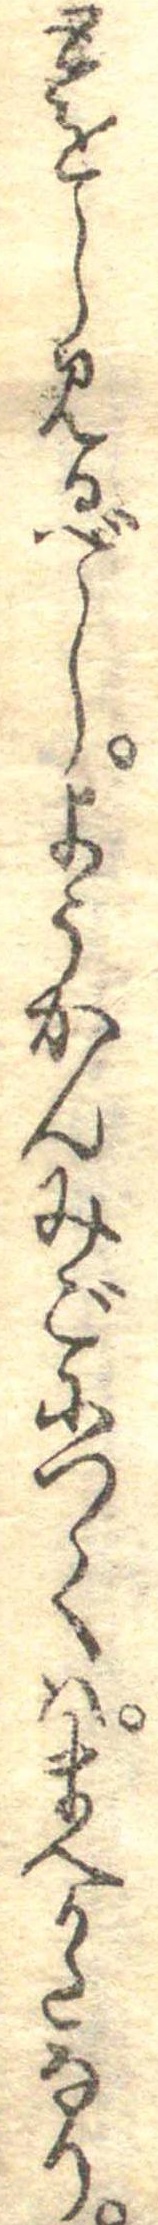
とをし見るべしようかんみごにつくはまへかとなり